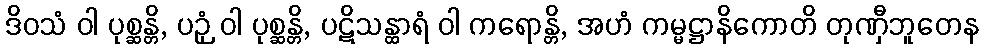
ဒိဝသံ ဝါ ပုစ္ဆန္တိ, ပဉှံ ဝါ ပုစ္ဆန္တိ, ပဋိသန္ထာရံ ဝါ ကရောန္တိ, အဟံ ကမ္မဋ္ဌာနိကောတိ တုဏှီဘူတေန